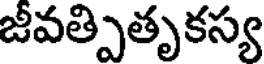
జీవత్పితృకస్య